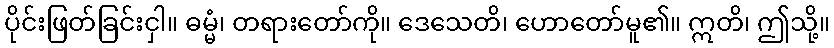
ပိုင်းဖြတ်ခြင်းငှါ။ ဓမ္မံ၊ တရားတော်ကို။ ဒေသေတိ၊ ဟောတော်မူ၏။ ဣတိ၊ ဤသို့။